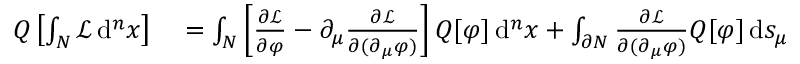
\begin{array} { r l } { Q \left[ \int _ { N } { \mathcal { L } } \, \mathrm { d } ^ { n } x \right] } & { { } = \int _ { N } \left[ { \frac { \partial { \mathcal { L } } } { \partial \varphi } } - \partial _ { \mu } { \frac { \partial { \mathcal { L } } } { \partial ( \partial _ { \mu } \varphi ) } } \right] Q [ \varphi ] \, \mathrm { d } ^ { n } x + \int _ { \partial N } { \frac { \partial { \mathcal { L } } } { \partial ( \partial _ { \mu } \varphi ) } } Q [ \varphi ] \, \mathrm { d } s _ { \mu } } \end{array}